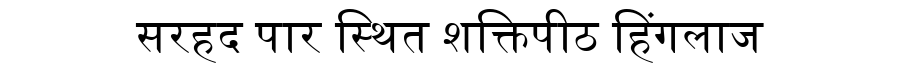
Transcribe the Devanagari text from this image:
सरहद पार स्थित शक्तिपीठ हिंगलाज